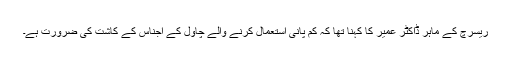
ریسرچ کے ماہر ڈاکٹر عمیر کا کہنا تھا کہ کم پانی استعمال کرنے والے چاول کے اجناس کے کاشت کی ضرورت ہے۔